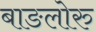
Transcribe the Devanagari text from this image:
बाङलोरु